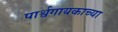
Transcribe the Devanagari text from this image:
पार्श्वगायकाच्या